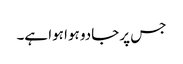
جس پر جادو ہوا ہوا ہے۔